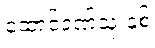
ထောင်ဒဏ်သုံးနှစ်